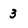
Character: 3